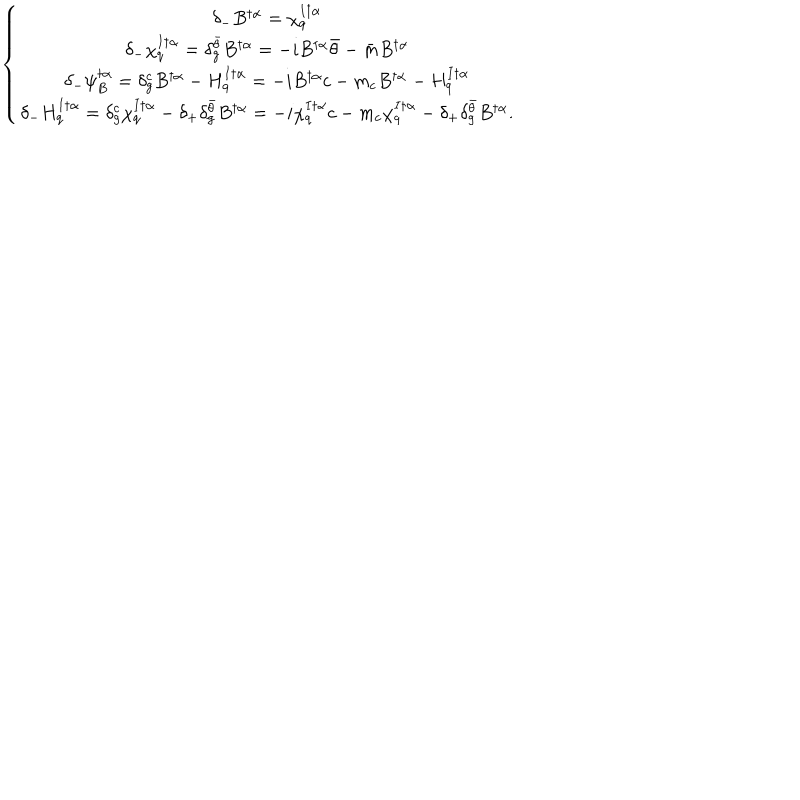
\left\{ \begin{array} { c } { { \delta _ { - } B ^ { \dagger \alpha } = \chi _ { q } ^ { I \dagger \alpha } } } \\ { { \delta _ { - } \chi _ { q } ^ { I \dagger \alpha } = \delta _ { g } ^ { \bar { \theta } } B ^ { \dagger \alpha } = - i B ^ { \dagger \alpha } { \bar { \theta } } - { \bar { m } } B ^ { \dagger \alpha } } } \\ { { \delta _ { - } \psi _ { B } ^ { \dagger \alpha } = \delta _ { g } ^ { c } B ^ { \dagger \alpha } - H _ { q } ^ { I \dagger \alpha } = - i B ^ { \dagger \alpha } c - m _ { c } B ^ { \dagger \alpha } - H _ { q } ^ { I \dagger \alpha } } } \\ { { \delta _ { - } H _ { q } ^ { I \dagger \alpha } = \delta _ { g } ^ { c } \chi _ { q } ^ { I \dagger \alpha } - \delta _ { + } \delta _ { g } ^ { \bar { \theta } } B ^ { \dagger \alpha } = - i \chi _ { q } ^ { I \dagger \alpha } c - m _ { c } \chi _ { q } ^ { I \dagger \alpha } - \delta _ { + } \delta _ { g } ^ { \bar { \theta } } B ^ { \dagger \alpha } . } } \\ \end{array} \right.